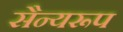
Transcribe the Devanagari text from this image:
सैन्यरूप